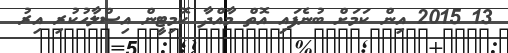
13 2015 އިން ކަމަށް ބުނެފައި އޮތް މާއްދާ ކޮމިޓީން އިސްލާހުކުރި އިރު